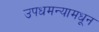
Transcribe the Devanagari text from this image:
उपधमन्यामधून